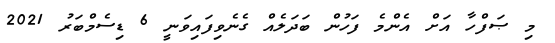
މި ޞަފްހާ އަށް އެންމެ ފަހުން ބަދަލެއް ގެނެވިފައިވަނީ 6 ޑިސެމްބަރު 2021